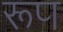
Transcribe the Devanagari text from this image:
रूप्‍ा